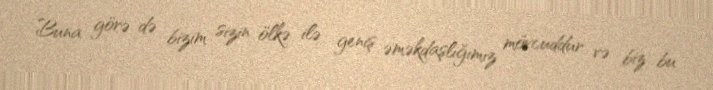
Buna görə də bizim sizin ölkə ilə geniş əməkdaşlığımız mövcuddur və biz bu